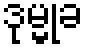
ဒုမ္မုခ